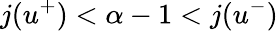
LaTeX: j(u^{+})<\alpha-1<j(u^{-})